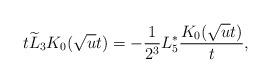
LaTeX: \begin{align*}t\widetilde {L}_3K_0(\sqrt{u}t)=-\frac{1}{2^{3}} L _{5}^*\frac{K_0(\sqrt{u}t)}{t},\end{align*}